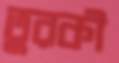
তুরকী